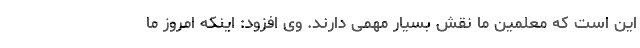
این است که معلمین ما نقش بسیار مهمی دارند. وی افزود: اینکه امروز ما